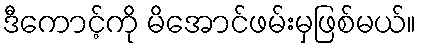
ဒီကောင့်ကို မိအောင်ဖမ်းမှဖြစ်မယ်။